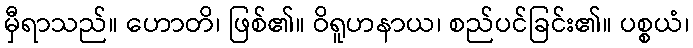
မှီရာသည်။ ဟောတိ၊ ဖြစ်၏။ ဝိရူဟနာယ၊ စည်ပင်ခြင်း၏။ ပစ္စယံ၊